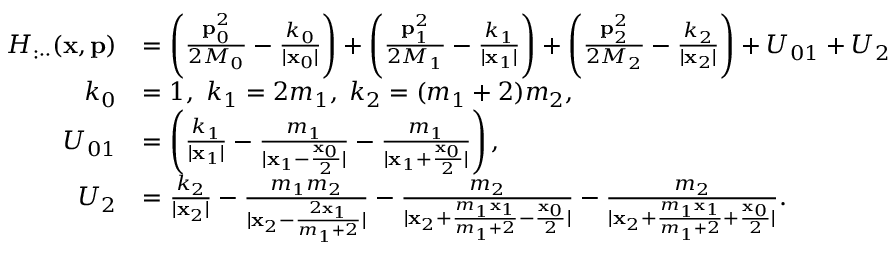
\begin{array} { r l } { H _ { : \cdot \cdot } ( \mathbf { x } , \mathbf { p } ) } & { = \left( \frac { \mathbf { p } _ { 0 } ^ { 2 } } { 2 M _ { 0 } } - \frac { k _ { 0 } } { | \mathbf { x } _ { 0 } | } \right) + \left( \frac { \mathbf { p } _ { 1 } ^ { 2 } } { 2 M _ { 1 } } - \frac { k _ { 1 } } { | \mathbf { x } _ { 1 } | } \right) + \left( \frac { \mathbf { p } _ { 2 } ^ { 2 } } { 2 M _ { 2 } } - \frac { k _ { 2 } } { | \mathbf { x } _ { 2 } | } \right) + U _ { 0 1 } + U _ { 2 } } \\ { k _ { 0 } } & { = 1 , \ k _ { 1 } = 2 m _ { 1 } , \; k _ { 2 } = ( m _ { 1 } + 2 ) m _ { 2 } , } \\ { U _ { 0 1 } } & { = \left( \frac { k _ { 1 } } { | \mathbf { x } _ { 1 } | } - \frac { m _ { 1 } } { | \mathbf { x } _ { 1 } - \frac { \mathbf { x } _ { 0 } } { 2 } | } - \frac { m _ { 1 } } { | \mathbf { x } _ { 1 } + \frac { \mathbf { x } _ { 0 } } { 2 } | } \right) , } \\ { U _ { 2 } } & { = \frac { k _ { 2 } } { | \mathbf { x } _ { 2 } | } - \frac { m _ { 1 } m _ { 2 } } { | \mathbf { x } _ { 2 } - \frac { 2 \mathbf { x } _ { 1 } } { m _ { 1 } + 2 } | } - \frac { m _ { 2 } } { | \mathbf { x } _ { 2 } + \frac { m _ { 1 } \mathbf { x } _ { 1 } } { m _ { 1 } + 2 } - \frac { \mathbf { x } _ { 0 } } { 2 } | } - \frac { m _ { 2 } } { | \mathbf { x } _ { 2 } + \frac { m _ { 1 } \mathbf { x } _ { 1 } } { m _ { 1 } + 2 } + \frac { \mathbf { x } _ { 0 } } { 2 } | } . } \end{array}